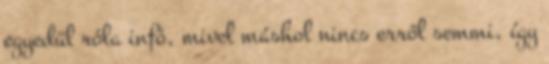
egyedül róla infó, mivel máshol nincs erről semmi, így